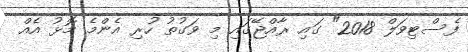
ފެސްޓިވަލް 2018" ގައި ރާއްޖޭގައި މި ވަގުތު ހުރި އެންމެ މޮޅު އެއް